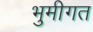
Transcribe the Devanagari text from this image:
भुमीगत